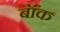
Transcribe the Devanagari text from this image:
बॉंक